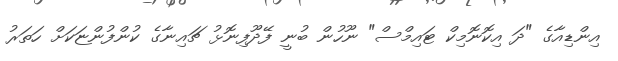
އިންޑިއާގެ "ދަ އިކޮނޮމިކް ޓައިމްސް" ނޫހުން ބުނީ ފޭދޫފިނޮޅު ޗައިނާގެ ކުންފުންޏަކަށް ހަތަރު